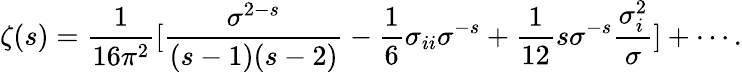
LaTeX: \zeta(s)={\frac{1}{16\pi^{2}}}[{\frac{\sigma^{2-s}}{(s-1)(s-2)}}-{\frac{1}{6}}\sigma_{ii}\sigma^{-s}+{\frac{1}{12}}s\sigma^{-s}{\frac{\sigma_{i}^{2}}{\sigma}}]+\cdots.